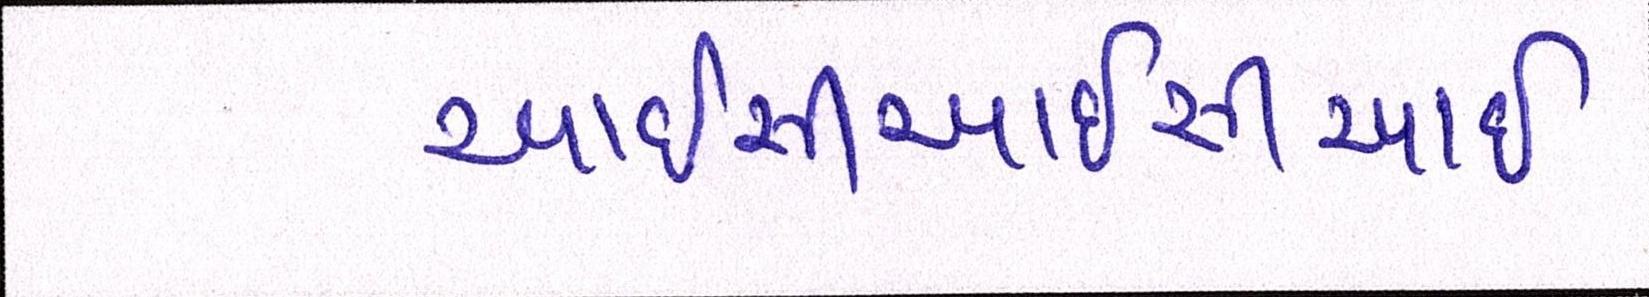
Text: આઈસીઆઈસીઆઈ